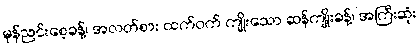
မုန်ညင်းစေ့ခန့်၊ အလတ်စား ထက်ဝက် ကျိုးသော ဆန်ကျိုးခန့်၊ အကြီးဆုံး